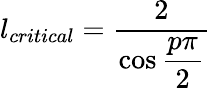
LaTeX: l_{critical}=\displaystyle\frac{2}{\cos\displaystyle\frac{p\pi}{2}}